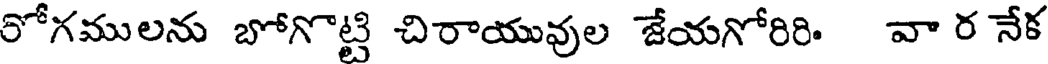
రోగములను బోగొట్టి చిరాయువుల జేయగోరిరి. వా ర నేక